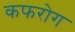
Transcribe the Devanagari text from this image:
कफरोग